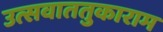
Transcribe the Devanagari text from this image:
उत्सवाततुकाराम